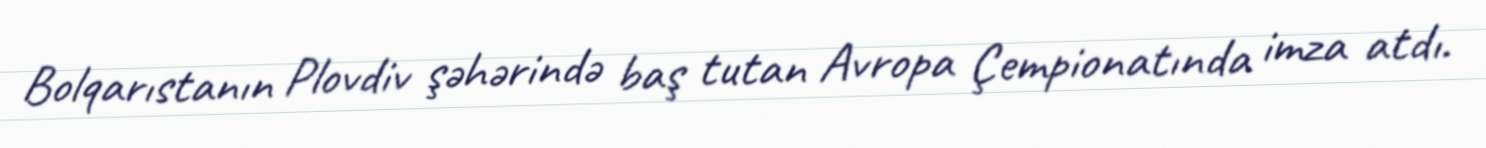
Bolqarıstanın Plovdiv şəhərində baş tutan Avropa Çempionatında imza atdı.